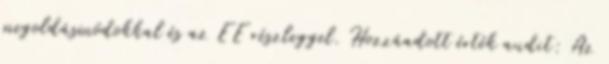
megoldásmódokkal és az EE részleggel. Hozzáadott érték audit: Az